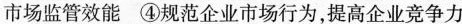
市场监管效能 ④规范企业市场行为，提高企业竞争力